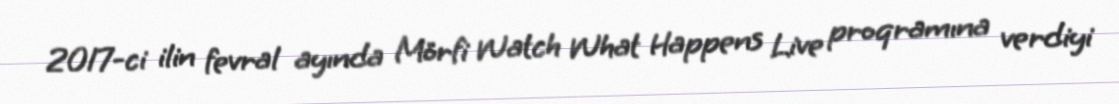
2017-ci ilin fevral ayında Mörfi Watch What Happens Live proqramına verdiyi